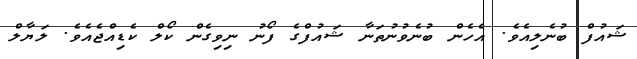
ޝައުފް ބުނެލިއެވެ. އެހެން ބުނެވުނުތަނާ ޝައުފްގެ ފޯނު ނިވިގެން ކޯލް ކެޑިއްޖެއެވެ. ލަޔާލް